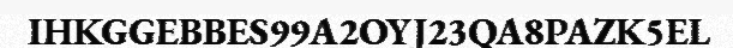
IHKGGEBBES99A2OYJ23QA8PAZK5EL